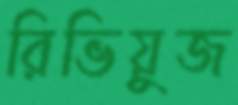
রিভিয়ুজ